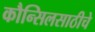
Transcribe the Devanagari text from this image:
कौन्सिलसाठीचे